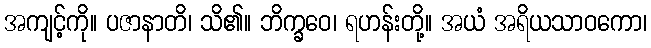
အကျင့်ကို။ ပဇာနာတိ၊ သိ၏။ ဘိက္ခဝေ၊ ရဟန်းတို့။ အယံ အရိယသာဝကော၊